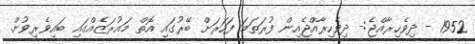
1952 - ދިވެހިރާއްޖެ:- ދިވެހިރާއްޖެއިން ފުރަތަމަ ފަހަރަށް ބޭރުގައި އޮތް މައުރަޒެއްގައި ބައިވެރިވުން.